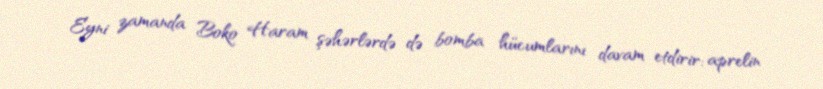
Eyni zamanda Boko Haram şəhərlərdə də bomba hücumlarını davam etdirir: aprelin